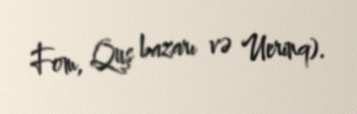
Fom, Quş bazarı və Uerinq).